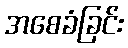
အစေခံခြင်း